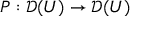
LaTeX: P : { \mathcal { D } } ( U ) \to { \mathcal { D } } ( U )